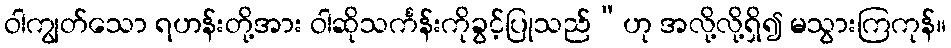
ဝါကျွတ်သော ရဟန်းတို့အား ဝါဆိုသင်္ကန်းကိုခွင့်ပြုသည်”ဟု အလို့လို့ရှိ၍ မသွားကြကုန်။